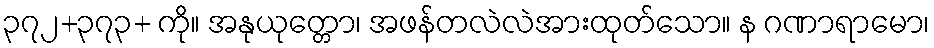
၃၇၂+၃၇၃+ ကို။ အနုယုတ္တော၊ အဖန်တလဲလဲအားထုတ်သော။ န ဂဏာရာမော၊